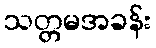
သတ္တမအခန်း